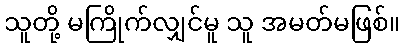
သူတို့ မကြိုက်လျှင်မူ သူ အမတ်မဖြစ်။